DOW-UAP-D49, Launch Summary, Vandenberg AFB, 2000
Agency: Department of War
Incident date: 2/3/00
Page 66
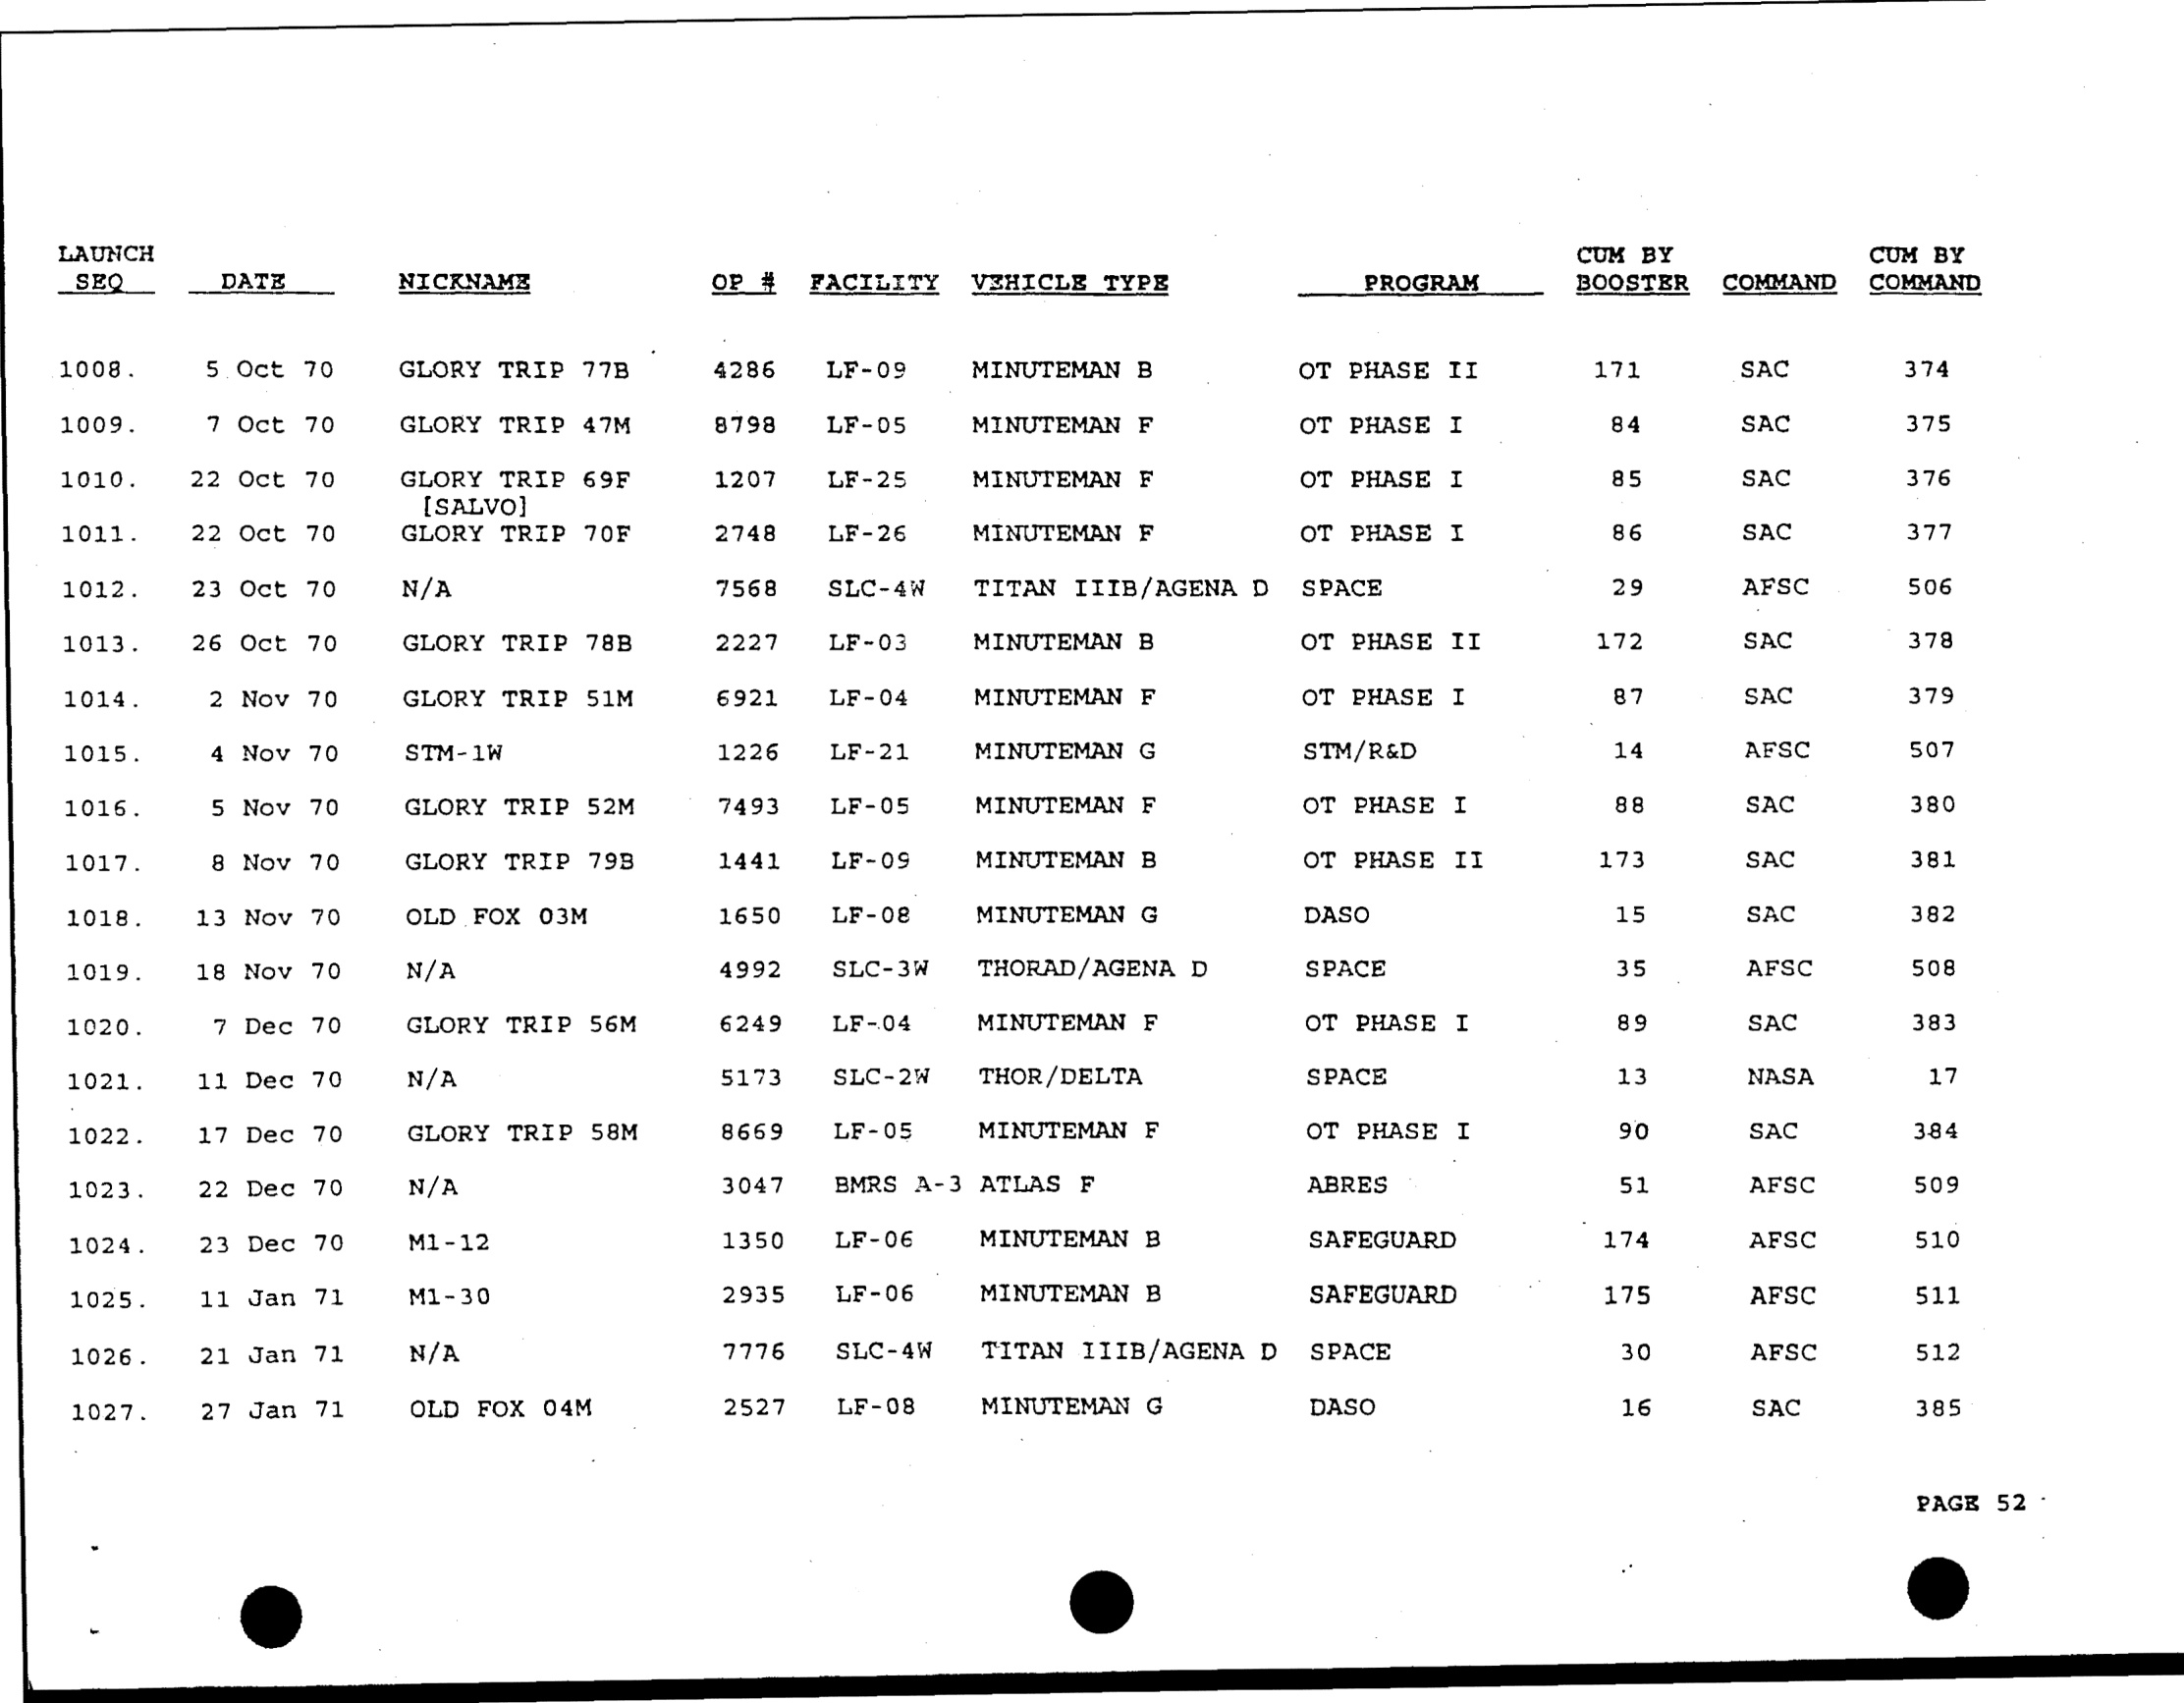